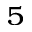
_ 5